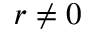
r \neq 0